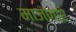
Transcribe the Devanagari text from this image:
माजणारे